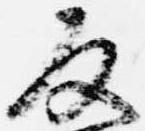
反